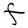
Character: F